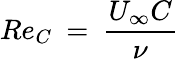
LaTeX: Re_{C}\: =\: \frac{U_{\infty}C}{\nu}